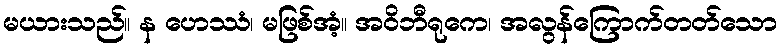
မယားသည်။ န ဟေဿံ၊ မဖြစ်အံ့။ အဝိဘီရုကေ၊ အလွန်ကြောက်တတ်သော